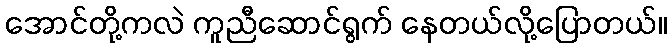
အောင်တို့ကလဲ ကူညီဆောင်ရွက် နေတယ်လို့ပြောတယ်။